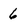
Character: 6